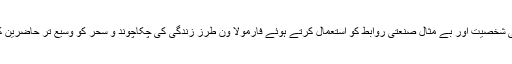
جارڈن کا مقصد اپنی شخصیت اور بے مثال صنعتی روابط کو استعمال کرتے ہوئے فارمولا ون طرز زندگی کی چکاچوند و سحر کو وسیع تر حاضرین کے سامنے لانا ہے۔